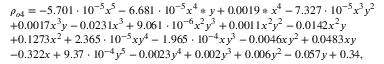
\begin{array} { r l } & { \rho _ { o 4 } = - 5 . 7 0 1 \cdot 1 0 ^ { - 5 } x ^ { 5 } - 6 . 6 8 1 \cdot 1 0 ^ { - 5 } x ^ { 4 } * y + 0 . 0 0 1 9 * x ^ { 4 } - 7 . 3 2 7 \cdot 1 0 ^ { - 5 } x ^ { 3 } y ^ { 2 } } \\ & { + 0 . 0 0 1 7 x ^ { 3 } y - 0 . 0 2 3 1 x ^ { 3 } + 9 . 0 6 1 \cdot 1 0 ^ { - 6 } x ^ { 2 } y ^ { 3 } + 0 . 0 0 1 1 x ^ { 2 } y ^ { 2 } - 0 . 0 1 4 2 x ^ { 2 } y } \\ & { + 0 . 1 2 7 3 x ^ { 2 } + 2 . 3 6 5 \cdot 1 0 ^ { - 5 } x y ^ { 4 } - 1 . 9 6 5 \cdot 1 0 ^ { - 4 } x y ^ { 3 } - 0 . 0 0 4 6 x y ^ { 2 } + 0 . 0 4 8 3 x y } \\ & { - 0 . 3 2 2 x + 9 . 3 7 \cdot 1 0 ^ { - 4 } y ^ { 5 } - 0 . 0 0 2 3 y ^ { 4 } + 0 . 0 0 2 y ^ { 3 } + 0 . 0 0 6 y ^ { 2 } - 0 . 0 5 7 y + 0 . 3 4 , } \end{array}